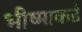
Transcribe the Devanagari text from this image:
भीष्माकडे